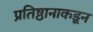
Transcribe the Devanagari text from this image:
प्रतिष्ठानाकडून